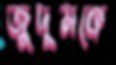
জুদুমকে